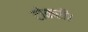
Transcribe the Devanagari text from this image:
टोकरी।